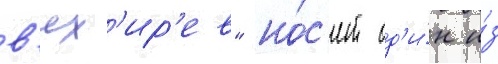
в'ях'ир'ев" но́с'ит од'и́н и́з